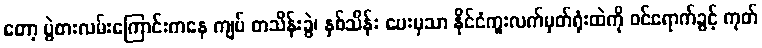
တော့ ပွဲစားလမ်းကြောင်းကနေ ကျပ် တသိန်းခွဲ၊ နှစ်သိန်း ပေးမှသာ နိုင်ငံကူးလက်မှတ်ရုံးထဲကို ဝင်ရောက်ခွင့် ကုတ်